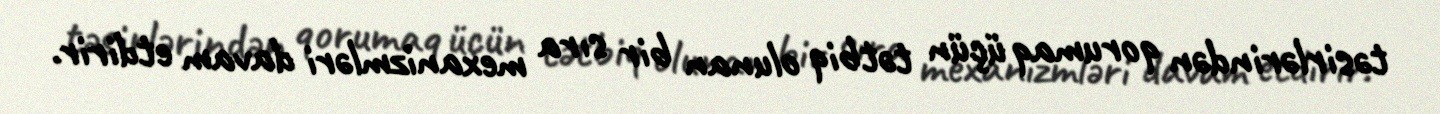
təsirlərindən qorumaq üçün tətbiq olunan bir sıra mexanizmləri davam etdirir.